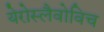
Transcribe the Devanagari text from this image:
येरोस्लैवोविच